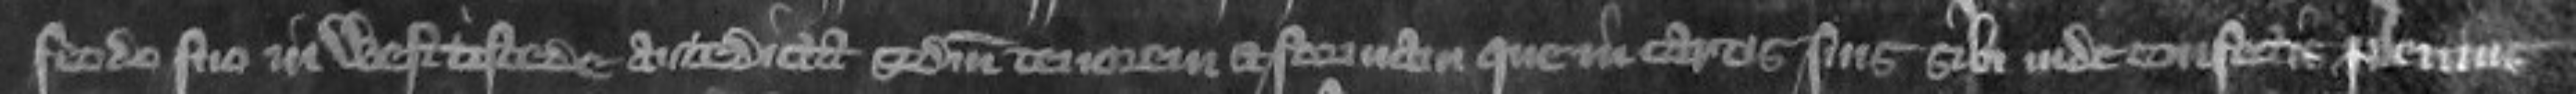
feodo suo in Westtistede antedicta secundum tenorem et formam que in cartis suis sibi inde confectis plenius